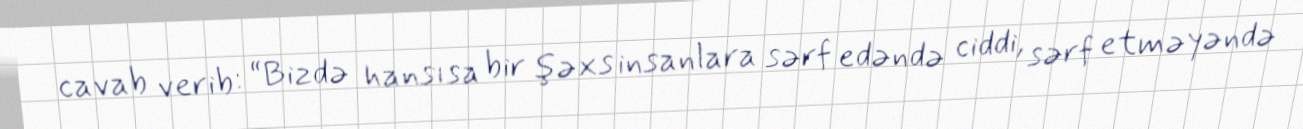
cavab verib: “Bizdə hansısa bir şəxs insanlara sərf edəndə ciddi, sərf etməyəndə